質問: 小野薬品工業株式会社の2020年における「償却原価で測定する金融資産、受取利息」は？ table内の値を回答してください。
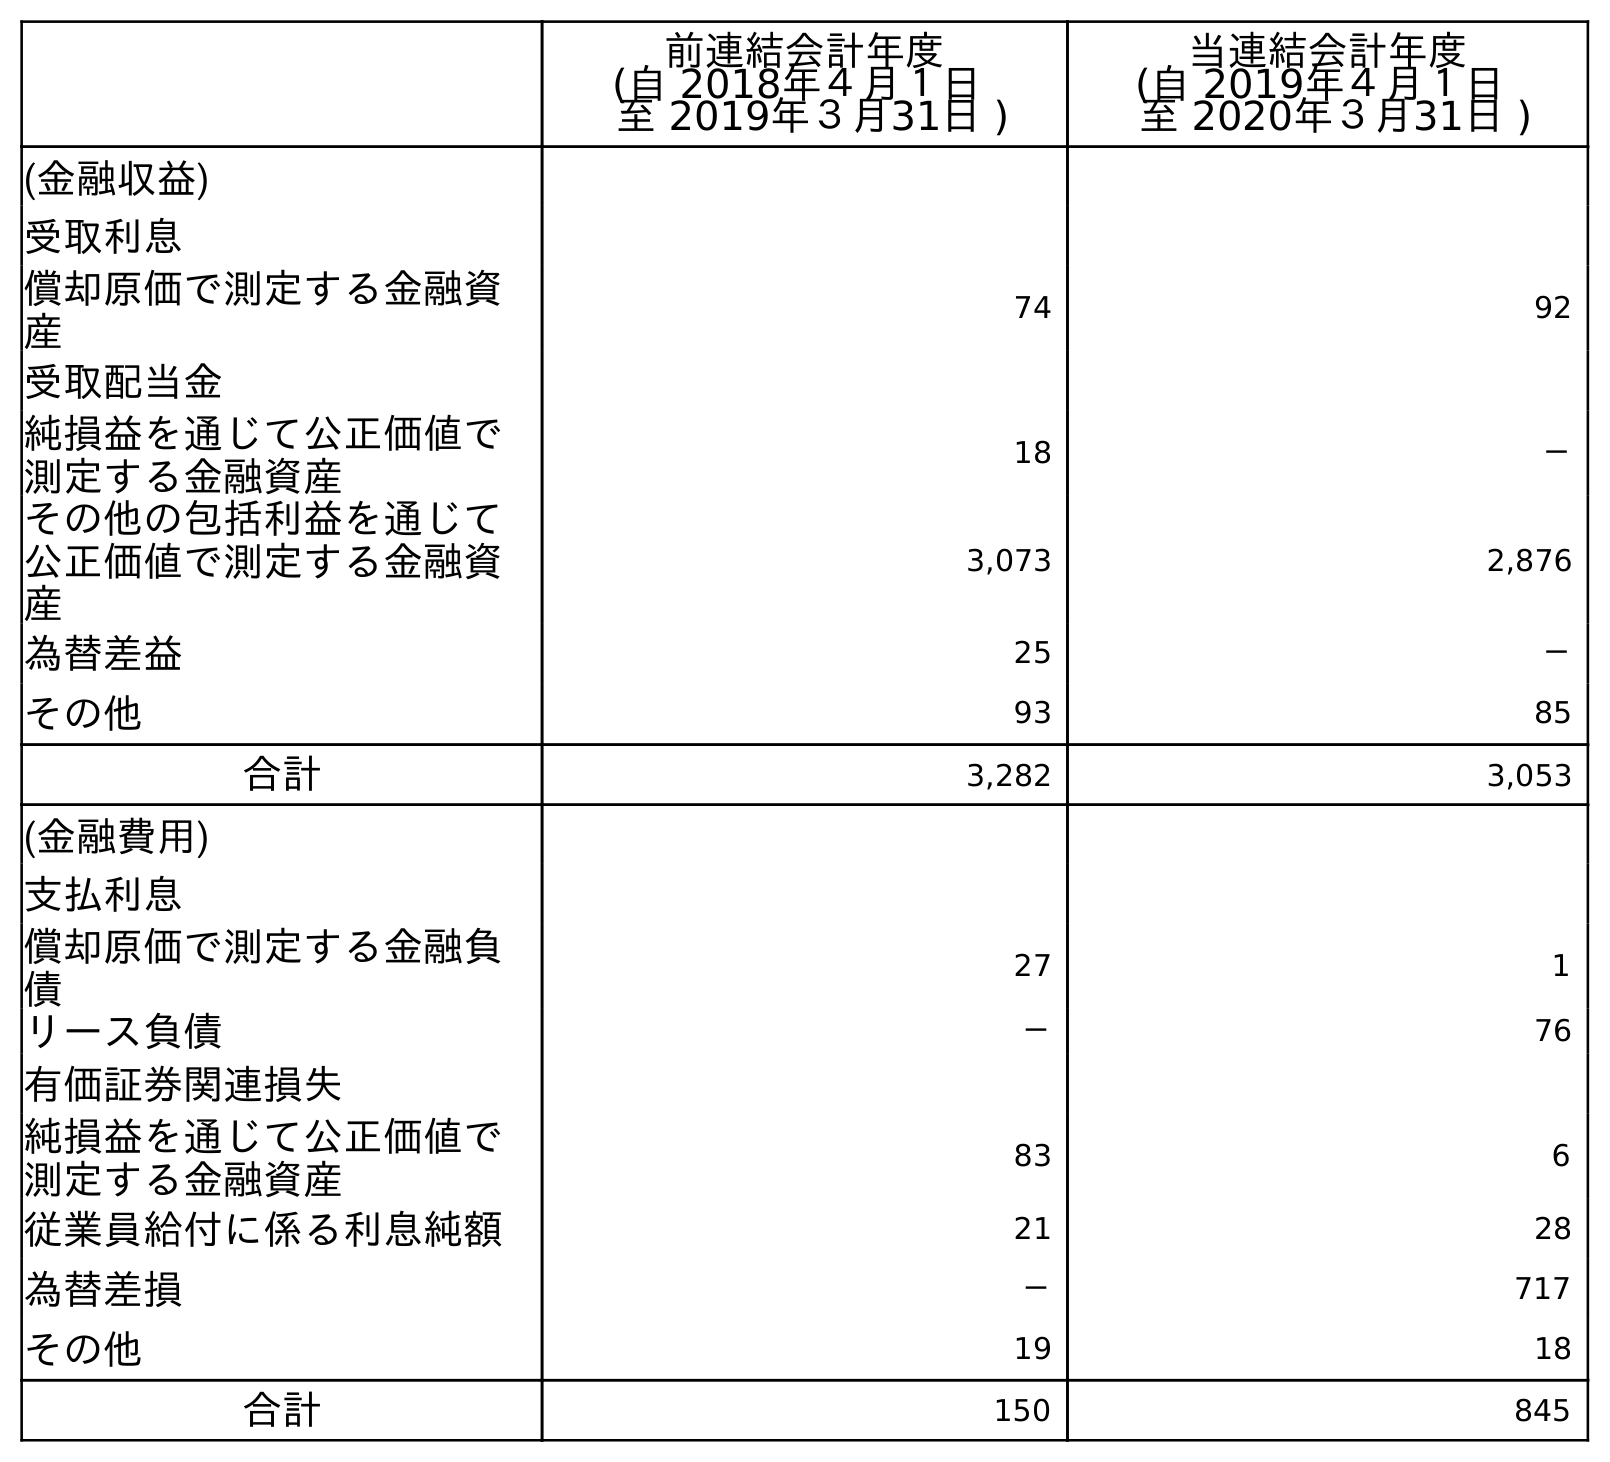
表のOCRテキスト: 前連結会計年度 (自 2018年４月１日 至 2019年３月31日 ) 当連結会計年度 (自 2019年４月１日 至 2020年３月31日 ) (金融収益) 受取利息 償却原価で測定する金融資 産 74 92 受取配当金 純損益を通じて公正価値で 測定する金融資産 18 － その他の包括利益を通じて 公正価値で測定する金融資 産 3,073 2,876 為替差益 25 － その他 93 85 合計 3,282 3,053 (金融費用) 支払利息 償却原価で測定する金融負 債 27 1 リース負債 － 76 有価証券関連損失 純損益を通じて公正価値で 測定する金融資産 83 6 従業員給付に係る利息純額 21 28 為替差損 － 717 その他 19 18 合計 150 845
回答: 92